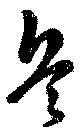
兵